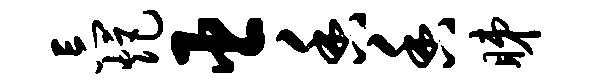
忘炬臣香香睇